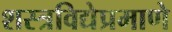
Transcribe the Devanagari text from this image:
शस्त्रविद्येप्रमाणे